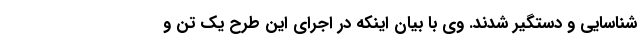
شناسایی و دستگیر شدند. وی با بیان اینکه در اجرای این طرح یک تُن و